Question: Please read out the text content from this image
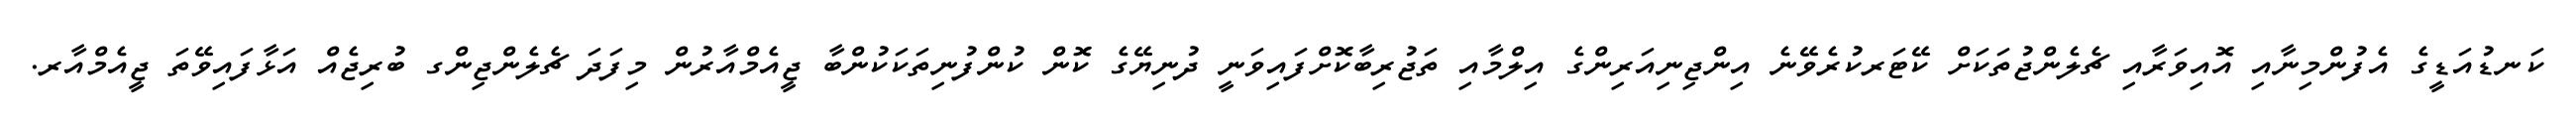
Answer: ކަނޑުއަޑީގެ އެފުންމިނާއި އޮއިވަރާއި ޗެލެންޖުތަކަށް ކޭޓަރކުރެވޭނެ އިންޖިނިއަރިންގެ އިލްމާއި ތަޖުރިބާކޮށްފައިވަނީ ދުނިޔޭގެ ކޮން ކުންފުނިތަކަކުންބާ ޖީއެމްއާރުން މިފަދަ ޗެލެންޖިންގ ބުރިޖެއް އަޅާފައިވޭތަ ޖީއެމްއާރ.